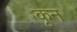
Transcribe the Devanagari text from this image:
कृन